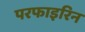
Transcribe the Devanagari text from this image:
परफाइरिन